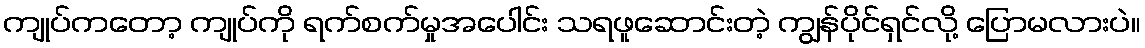
ကျုပ်ကတော့ ကျုပ်ကို ရက်စက်မှုအပေါင်း သရဖူဆောင်းတဲ့ ကျွန်ပိုင်ရှင်လို့ ပြောမလားပဲ။